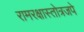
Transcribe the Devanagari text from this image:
रामरक्षास्तोत्रजपे